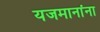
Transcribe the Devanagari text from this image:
यजमानांना